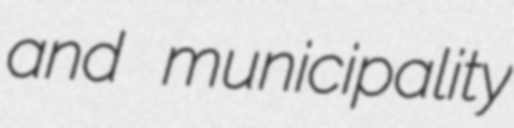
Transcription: and municipality